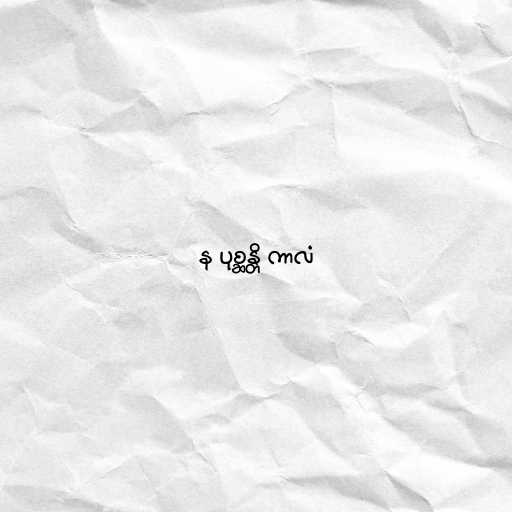
န ပုစ္ဆန္တိ ကာလံ